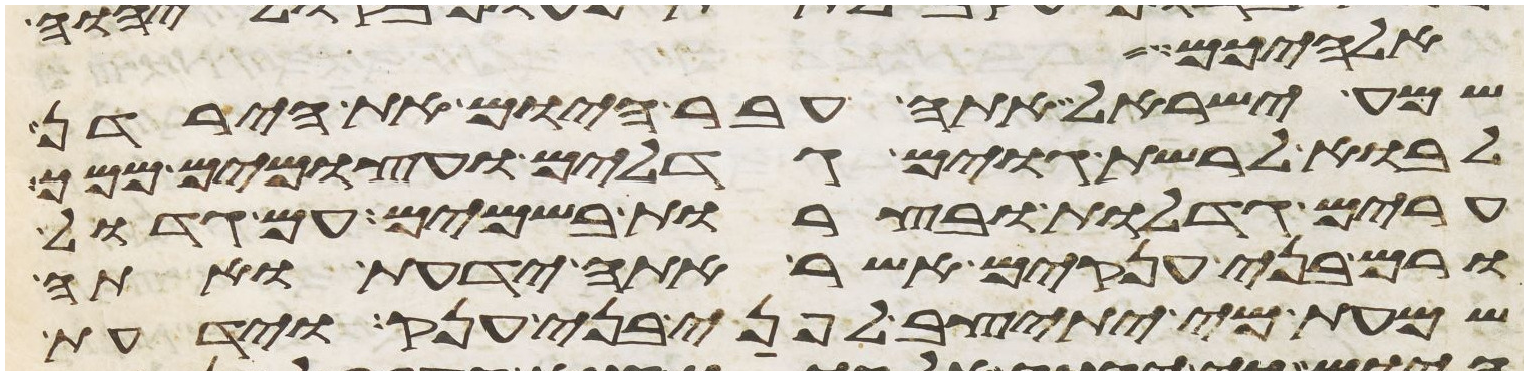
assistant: אלהיכם
שמע ישראל אתה עבר היום את הירדן
לבוא לרשת גוים גדלים ועצמים ממך
ערים גדלות ובצרות בשמים עם גדול
ורם בני ענקים אשר אתה ידעת ואתה
שמעת מי יתיצב לפני בני ענק וידעת